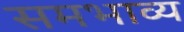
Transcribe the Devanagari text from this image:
समभाव्य